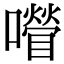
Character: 𡂚